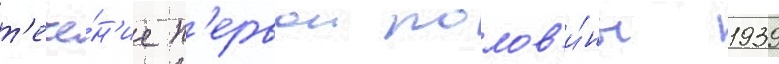
т'ече́н'ие п'ервои полов'и́ны 1939